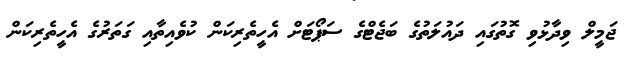
ޖަމީލް ވިދާޅުވި ގޮތުގައި ދައުލަތުގެ ބަޖެޓްގެ ސަޕޯޓަށް އެހީތެރިކަން ކުވެއިތާއި ގަތަރުގެ އެހީތެރިކަން